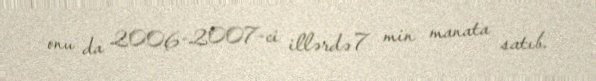
onu da 2006-2007-ci illərdə 7 min manata satıb.